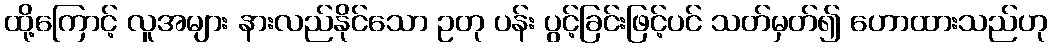
ထို့ကြောင့် လူအများ နားလည်နိုင်သော ဥတု ပန်း ပွင့်ခြင်းဖြင့်ပင် သတ်မှတ်၍ ဟောထားသည်ဟု